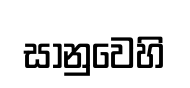
සානුවෙහි